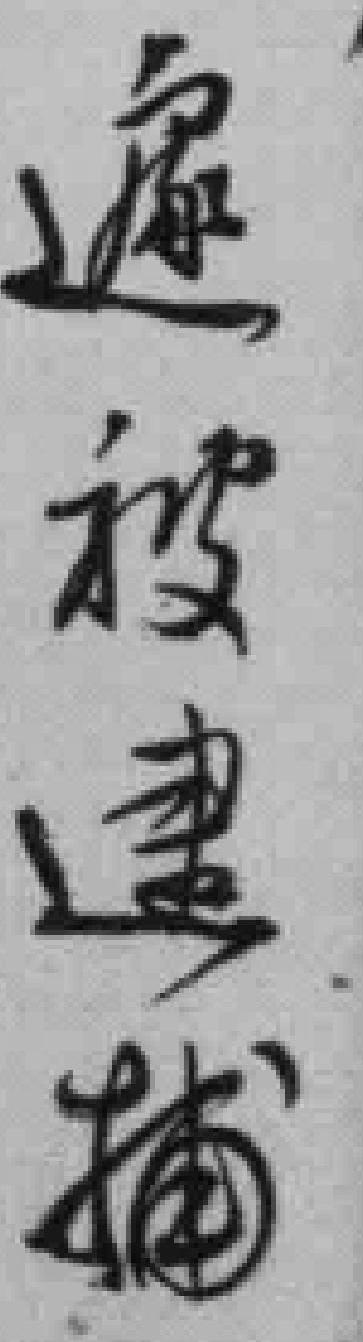
遽被逮捕